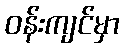
ဝန်းကျင်မှာ